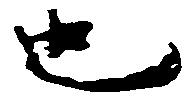
也